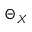
\Theta _ { X }